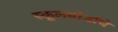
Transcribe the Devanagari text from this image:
स्कूलबोर्डाचे